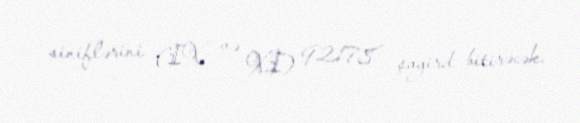
siniflərini (IX və XI) 92178 şagird bitirəcək.